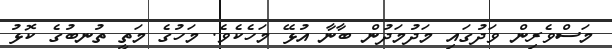
މަސްވެރިން ވަދުގައި މަދުމަދުން ބާނާ އުޅޭ މަހެކެވެ. މަހުގެ މަތީ ތުނބުގެ ކޮޅު